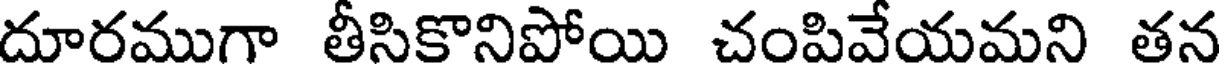
దూరముగా తీసికొనిపోయి చంపివేయమని తన